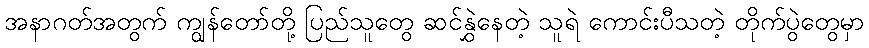
အနာဂတ်အတွက် ကျွန်တော်တို့ ပြည်သူတွေ ဆင်နွှဲနေတဲ့ သူရဲ ကောင်းပီသတဲ့ တိုက်ပွဲတွေမှာ